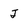
Character: J